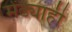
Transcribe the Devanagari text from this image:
मेंढ्याही